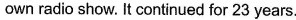
own radio show. It continued for 23 years.